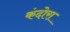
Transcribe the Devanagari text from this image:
कंदोरा